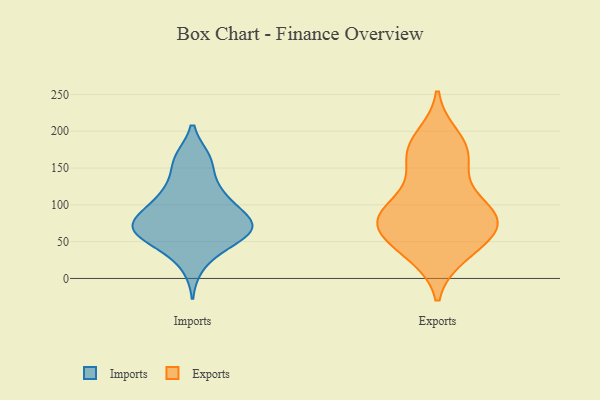
{"axis": {"x": "Headcount", "y": "Value"}, "legend": ["Exports", "Imports"], "data": [{"x": "", "y": 76, "type": "Imports"}, {"x": "", "y": 93, "type": "Imports"}, {"x": "", "y": 67, "type": "Imports"}, {"x": "", "y": 120, "type": "Imports"}, {"x": "", "y": 60, "type": "Imports"}, {"x": "", "y": 66, "type": "Imports"}, {"x": "", "y": 77, "type": "Imports"}, {"x": "", "y": 41, "type": "Imports"}, {"x": "", "y": 162, "type": "Imports"}, {"x": "", "y": 54, "type": "Imports"}, {"x": "", "y": 158, "type": "Imports"}, {"x": "", "y": 113, "type": "Imports"}, {"x": "", "y": 100, "type": "Imports"}, {"x": "", "y": 162, "type": "Imports"}, {"x": "", "y": 72, "type": "Imports"}, {"x": "", "y": 18, "type": "Imports"}, {"x": "", "y": 74, "type": "Imports"}, {"x": "", "y": 54, "type": "Imports"}, {"x": "", "y": 75, "type": "Imports"}, {"x": "", "y": 119, "type": "Imports"}, {"x": "", "y": 85, "type": "Exports"}, {"x": "", "y": 84, "type": "Exports"}, {"x": "", "y": 86, "type": "Exports"}, {"x": "", "y": 83, "type": "Exports"}, {"x": "", "y": 169, "type": "Exports"}, {"x": "", "y": 79, "type": "Exports"}, {"x": "", "y": 33, "type": "Exports"}, {"x": "", "y": 64, "type": "Exports"}, {"x": "", "y": 105, "type": "Exports"}, {"x": "", "y": 70, "type": "Exports"}, {"x": "", "y": 139, "type": "Exports"}, {"x": "", "y": 176, "type": "Exports"}, {"x": "", "y": 191, "type": "Exports"}, {"x": "", "y": 35, "type": "Exports"}, {"x": "", "y": 49, "type": "Exports"}, {"x": "", "y": 169, "type": "Exports"}]}